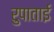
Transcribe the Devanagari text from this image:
रुपाताई